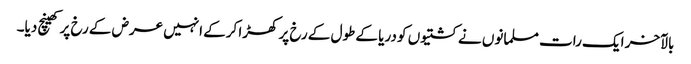
بالآخر ایک رات مسلمانوں نے کشتیوں کو دریا کے طول کے رخ پر کھڑا کرکے انہیں عرض کے رخ پر کھینچ دیا۔